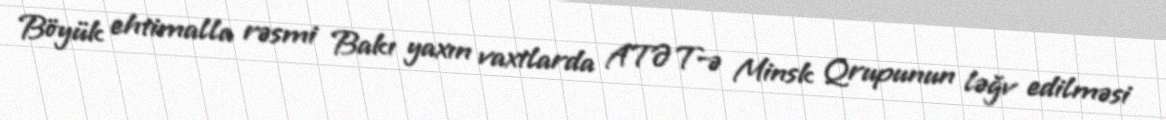
Böyük ehtimalla rəsmi Bakı yaxın vaxtlarda ATƏT-ə Minsk Qrupunun ləğv edilməsi